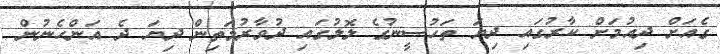
ގެއަށް ދިއުމަށް ކާރުގައި ދިޔަ ތަހުސީނުގެ ލޮލުގައި ދުވާރުމަތިން ދިޔަ ދެ އަންހެނުން